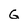
Character: G